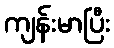
ကျန်းမာပြီး